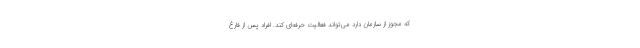
که مجوز از سازمان دارد می‌تواند فعالیت حرفه‌ای کند. افراد پس از فارغ